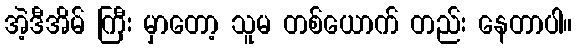
အဲ့ဒီအိမ် ကြီး မှာတော့ သူမ တစ်ယောက် တည်း နေတာပါ။